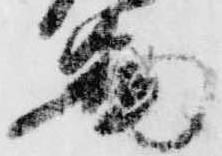
図